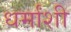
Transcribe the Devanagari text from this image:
धर्मांशी